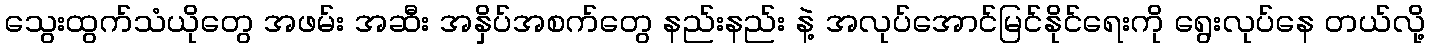
သွေးထွက်သံယိုတွေ အဖမ်း အဆီး အနှိပ်အစက်တွေ နည်းနည်း နဲ့ အလုပ်အောင်မြင်နိုင်ရေးကို ရွေးလုပ်နေ တယ်လို့